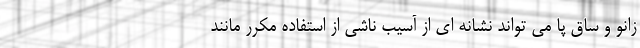
زانو و ساق پا می تواند نشانه ای از آسیب ناشی از استفاده مکرر مانند